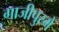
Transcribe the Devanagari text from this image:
गाजीपुरमें